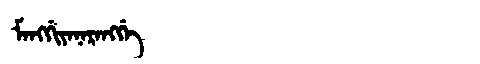
Manchu: ᠮᠠᠩᡤᡳᠶᠠᠨᠠᡵᠠᠩᡤᡝ
Romanization: MANGGIYANARANGGE